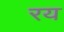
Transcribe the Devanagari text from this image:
रय